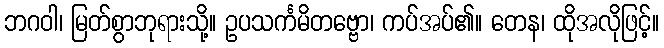
ဘဂဝါ၊ မြတ်စွာဘုရားသို့။ ဥပသင်္ကမိတဗ္ဗော၊ ကပ်အပ်၏။ တေန၊ ထိုအလိုဖြင့်။